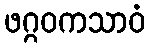
ဖဂ္ဂဝကသာဝံ